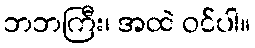
ဘဘကြီး၊ အထဲ ဝင်ပါ။